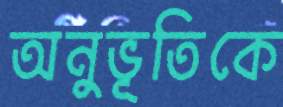
অনুভূতিকে